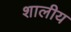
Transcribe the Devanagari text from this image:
शालीय